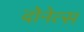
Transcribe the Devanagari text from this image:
दोनेत्स